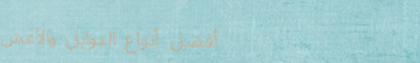
أفضل أنواع التوابل والأعش